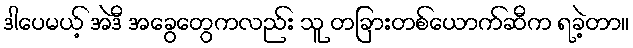
ဒါပေမယ့် အဲဒီ အခွေတွေကလည်း သူ တခြားတစ်ယောက်ဆီက ရခဲ့တာ။